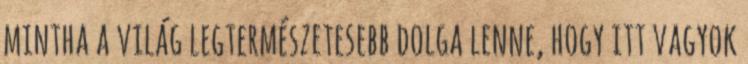
mintha a világ legtermészetesebb dolga lenne, hogy itt vagyok